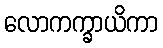
လောကက္ခာယိကာ